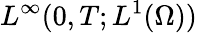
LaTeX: L^{\infty}(0,T;L^{1}(\Omega))